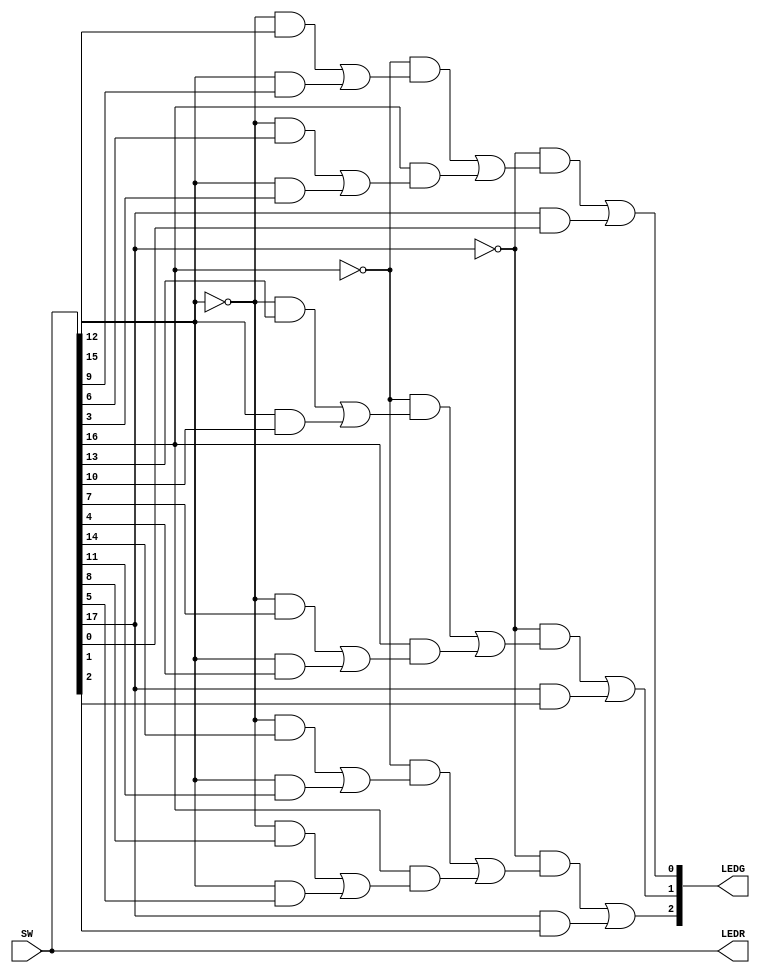
module part3(SW, LEDR, LEDG);
	input [17:0]SW;
	output [17:0]LEDR;
	output [2:0]LEDG;
	
	wire [2:0] S, U, V, W, X, Y, M;
	wire M00, M01, M02, M10, M11, M12, M20, M21, M22;
	
	assign S = SW[17:15]; 
	assign U = SW[14:12];
	assign V = SW[11:9];
	assign W = SW[8:6];
	assign X = SW[5:3];	
	assign Y = SW[2:0];
	assign LEDR = SW;
	assign LEDG = M;    
	
	assign M00 = (~S[0] & U[0] | S[0] & V[0]);
	assign M01 = (~S[0] & W[0] | S[0] & X[0]);
	assign M02 = (~S[1] & M00 | S[1] & M01);
	assign M10 = (~S[0] & U[1] | S[0] & V[1]);
	assign M11 = (~S[0] & W[1] | S[0] & X[1]);
	assign M12 = (~S[1] & M10 | S[1] & M11);
	assign M20 = (~S[0] & U[2] | S[0] & V[2]);
	assign M21 = (~S[0] & W[2] | S[0] & X[2]);
	assign M22 = (~S[1] & M20 | S[1] & M21);
	
	assign M[0] = (~S[2] & M02 | S[2] & Y[0]);
	assign M[1] = (~S[2] & M12 | S[2] & Y[1]);
	assign M[2] = (~S[2] & M22 | S[2] & Y[2]);
endmodule